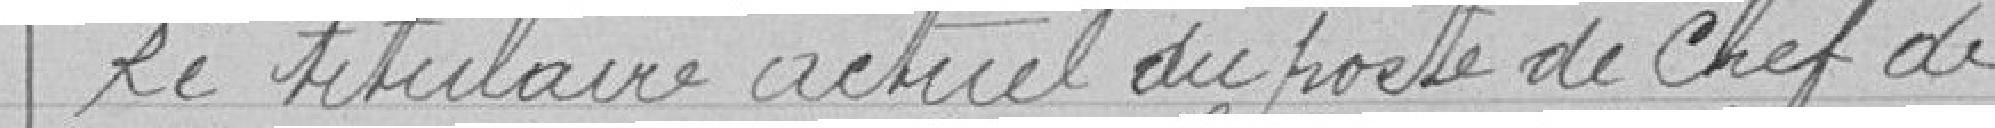
Le titulaire actuel du poste de chef de